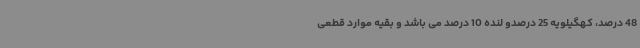
48 درصد، کهگیلویه 25 درصدو لنده 10 درصد می باشد و بقیه موارد قطعی